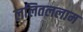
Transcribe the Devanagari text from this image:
ललितललाम